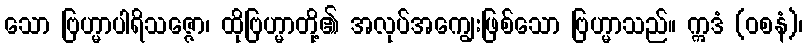
သော ဗြဟ္မာပါရိသဇ္ဇော၊ ထိုဗြဟ္မာတို့၏ အလုပ်အကျွေးဖြစ်သော ဗြဟ္မာသည်။ ဣဒံ (ဝစနံ)၊